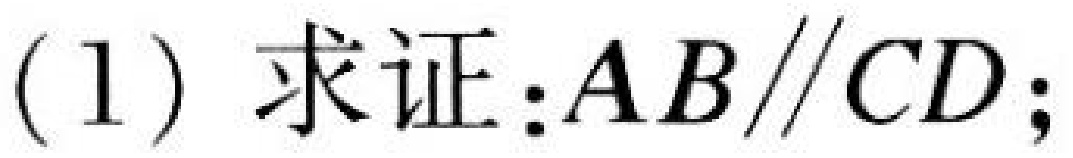
(1) 求证：\(AB\parallel CD\)；